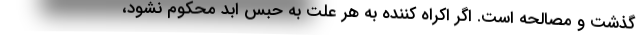
گذشت و مصالحه است. اگر اکراه کننده به هر علت به حبس ابد محکوم نشود،